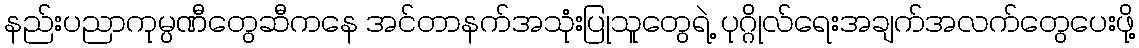
နည်းပညာကုမ္ပဏီတွေဆီကနေ အင်တာနက်အသုံးပြုသူတွေရဲ့ ပုဂ္ဂိုလ်ရေးအချက်အလက်တွေပေးဖို့